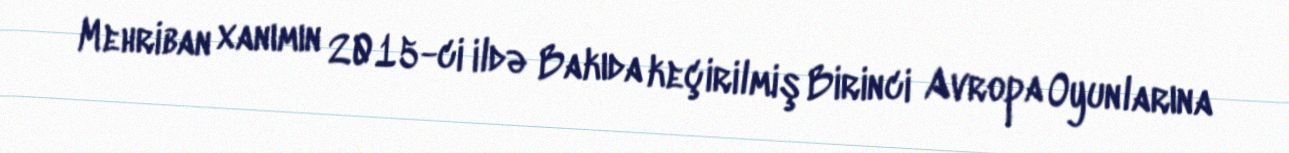
Mehriban xanımın 2015-ci ildə Bakıda keçirilmiş Birinci Avropa Oyunlarına